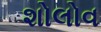
શોલોવ